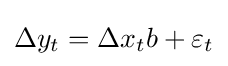
\Delta y_{t}=\Delta x_{t}b+\varepsilon _{t}